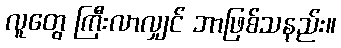
လူတွေ ကြီးလာလျှင် ဘာဖြစ်သနည်း။